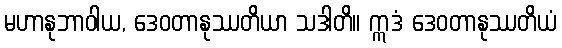
မဟာနုဘာဝါယ, ဒေဝတာနုဿတိယာ သဒါတိ။ ဣဒံ ဒေဝတာနုဿတိယံ